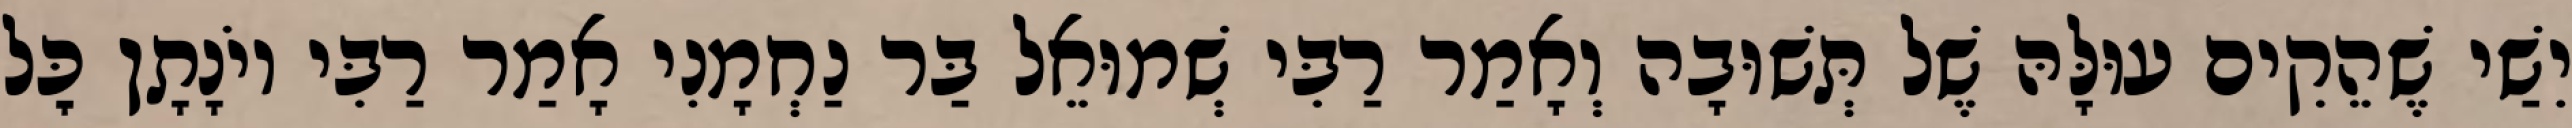
יִשַׁי שֶׁהֵקִים עוּלָּהּ שֶׁל תְּשׁוּבָה וְאָמַר רַבִּי שְׁמוּאֵל בַּר נַחְמָנִי אָמַר רַבִּי יוֹנָתָן כׇּל